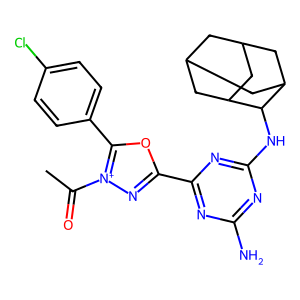
SMILES: CC(=O)[n+]1nc(-c2nc(N)nc(NC3C4CC5CC(C4)CC3C5)n2)oc1-c1ccc(Cl)cc1
Inhibits HIV replication: No